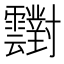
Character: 𲊑